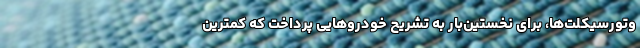
وتورسیکلت‌ها، برای نخستین‌بار به تشریح خودروهایی پرداخت که کمترین